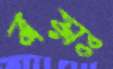
বয়ঃ